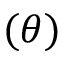
( \theta )